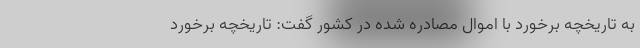
به تاریخچه برخورد با اموال مصادره شده در کشور گفت: تاریخچه برخورد